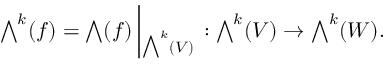
{ \textstyle \bigwedge } ^ { k } ( f ) = { \textstyle \bigwedge } ( f ) \left| _ { { \textstyle \bigwedge } ^ { k } ( V ) } \right. : { \textstyle \bigwedge } ^ { k } ( V ) \rightarrow { \textstyle \bigwedge } ^ { k } ( W ) .